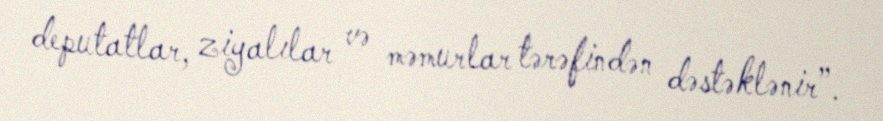
deputatlar, ziyalılar və məmurlar tərəfindən dəstəklənir”.